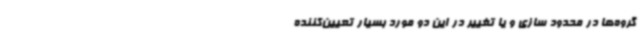
گروه‌ها در محدود سازی و یا تغییر در این دو مورد بسیار تعیین‌کننده